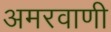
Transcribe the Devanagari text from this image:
अमरवाणी